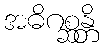
အဓိဂစ္ဆန္တိ